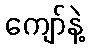
ကျော်နဲ့